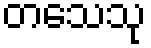
တသေသု